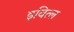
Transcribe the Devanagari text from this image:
इवित्ल